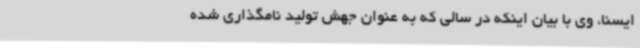
ایسنا، وی با بیان اینکه در سالی که به عنوان جهش تولید نامگذاری شده